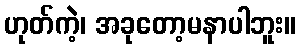
ဟုတ်ကဲ့၊ အခုတော့မနာပါဘူး။